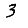
Digit: 3